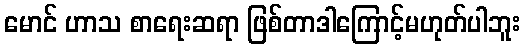
မောင် ဟာသ စာရေးဆရာ ဖြစ်တာဒါကြောင့်မဟုတ်ပါဘူး